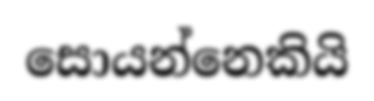
සොයන්නෙකියි